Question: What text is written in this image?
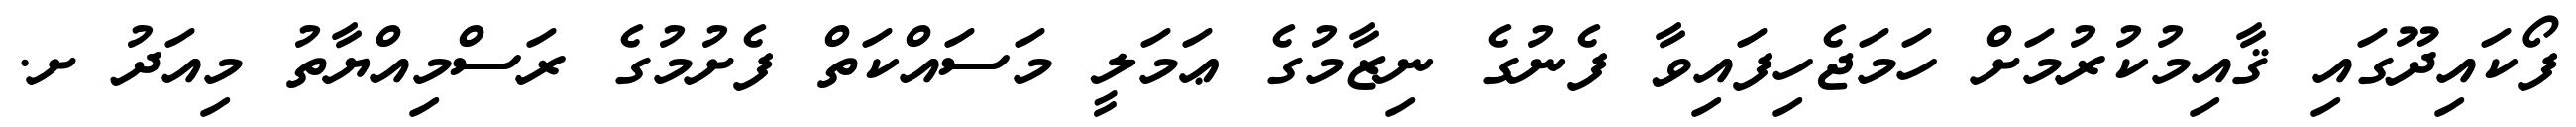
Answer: ފޯކައިދޫގައި ޤާއިމުކުރުމަށް ހަމަޖެހިފައިވާ ފެނުގެ ނިޒާމުގެ ޢަމަލީ މަސައްކަތް ފެށުމުގެ ރަސްމިއްޔާތު މިއަދު ށ.